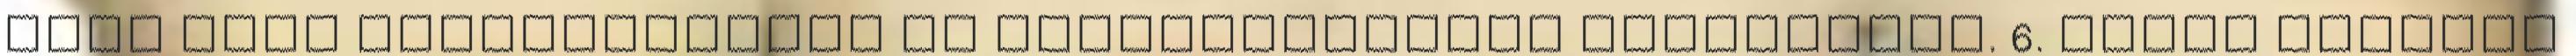
vagy akár fürdőszobában is előszeretettel használnék. 6. Három darabos